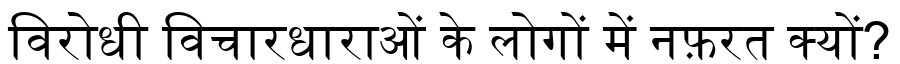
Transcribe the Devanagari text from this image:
विरोधी विचारधाराओं के लोगों में नफ़रत क्यों?